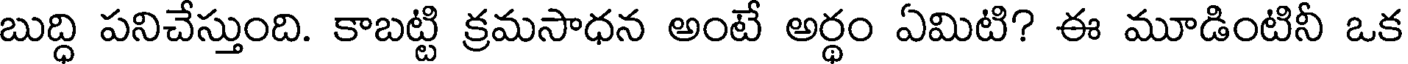
బుద్ధి పనిచేస్తుంది. కాబట్టి క్రమసాధన అంటే అర్థం ఏమిటి? ఈ మూడింటినీ ఒక